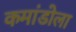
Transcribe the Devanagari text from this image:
कमांडोला